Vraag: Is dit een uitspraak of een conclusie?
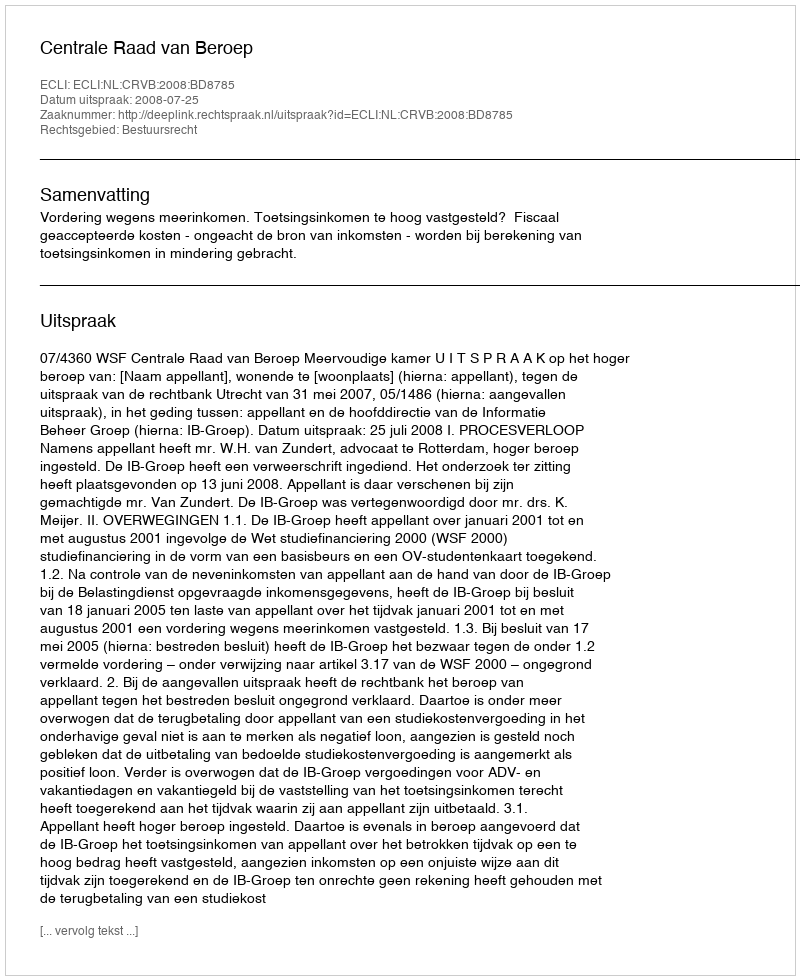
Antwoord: Uitspraak